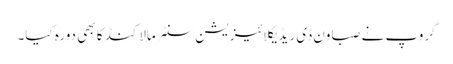
گروپ نے صباون ڈی ریڈیکلائیزیشن سنٹر مالاکنڈ کا بھی دورہ کیا۔